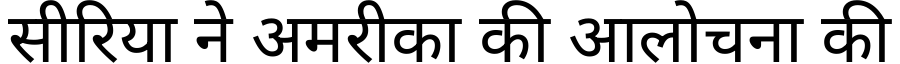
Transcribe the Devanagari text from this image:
सीरिया ने अमरीका की आलोचना की